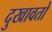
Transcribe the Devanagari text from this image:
दुखावतो